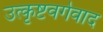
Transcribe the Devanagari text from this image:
उत्कृष्टवर्गवाद